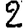
Digit: 2